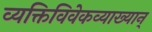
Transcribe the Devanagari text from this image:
व्यक्तिविवेकव्याख्यान्‌